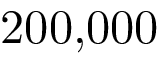
2 0 0 { , } 0 0 0